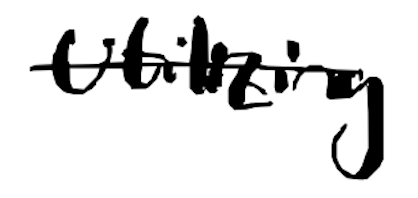
Text: utilizing
Cross-out: mix
Writing tool: digital_black